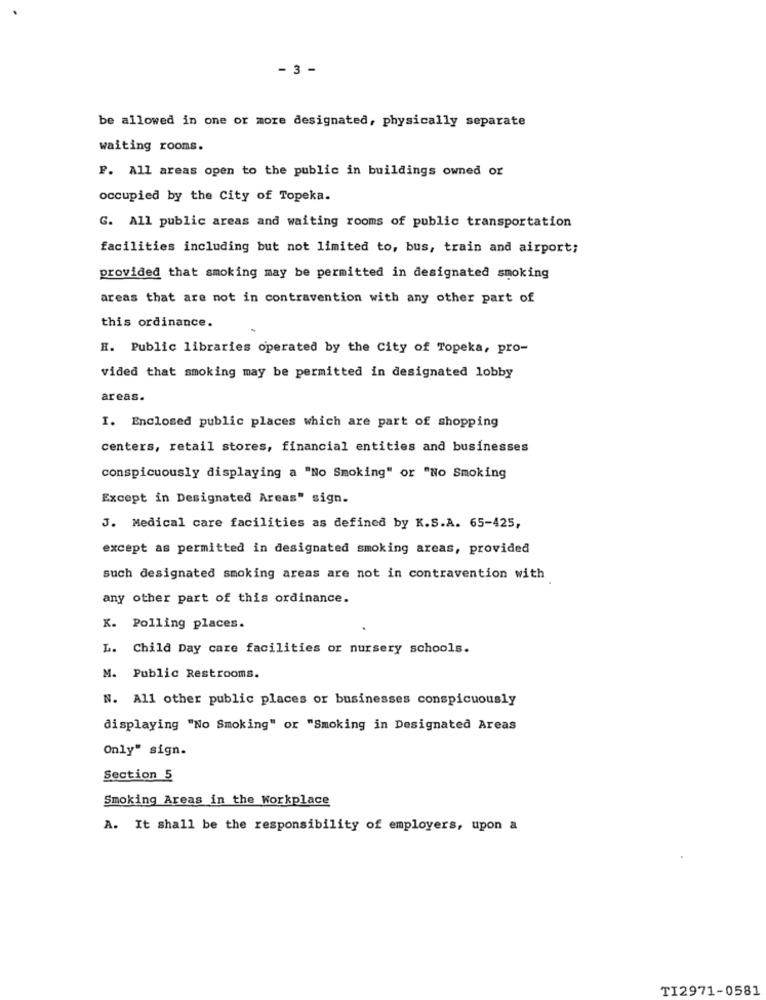
- 3 -
be allowed in one or more designated, physically separate
waiting rooms.
F. All areas open to the public in buildings owned or
occupied by the City of Topeka.
G. All public areas and waiting rooms of public transportation
facilities including but not limited to, bus, train and airport;
provided that smoking may be permitted in designated smoking
areas that are not in contravention with any other part of
this ordinance.
H. Public libraries operated by the City of Topeka, pro-
vided that smoking may be permitted in designated lobby
areas.
I. Enclosed public places which are part of shopping
centers, retail stores, financial entities and businesses
conspicuously displaying a "No Smoking" or "No Smoking
Except in Designated Areas" sign.
J. Medical care facilities as defined by K.S.A. 65-425,
except as permitted in designated smoking areas, provided
such designated smoking areas are not in contravention with
any other part of this ordinance.
K. Polling places.
L. Child Day care facilities or nursery schools.
M. Public Restrooms.
N. All other public places or businesses conspicuously
displaying "No Smoking" or "Smoking in Designated Areas
Only" sign.
Section 5
Smoking Areas in the Workplace
A. It shall be the responsibility of employers, upon a
TI2971-0581